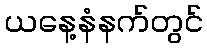
ယနေ့နံနက်တွင်